Tartu_pedagoogiumi_aruanded, lk 81
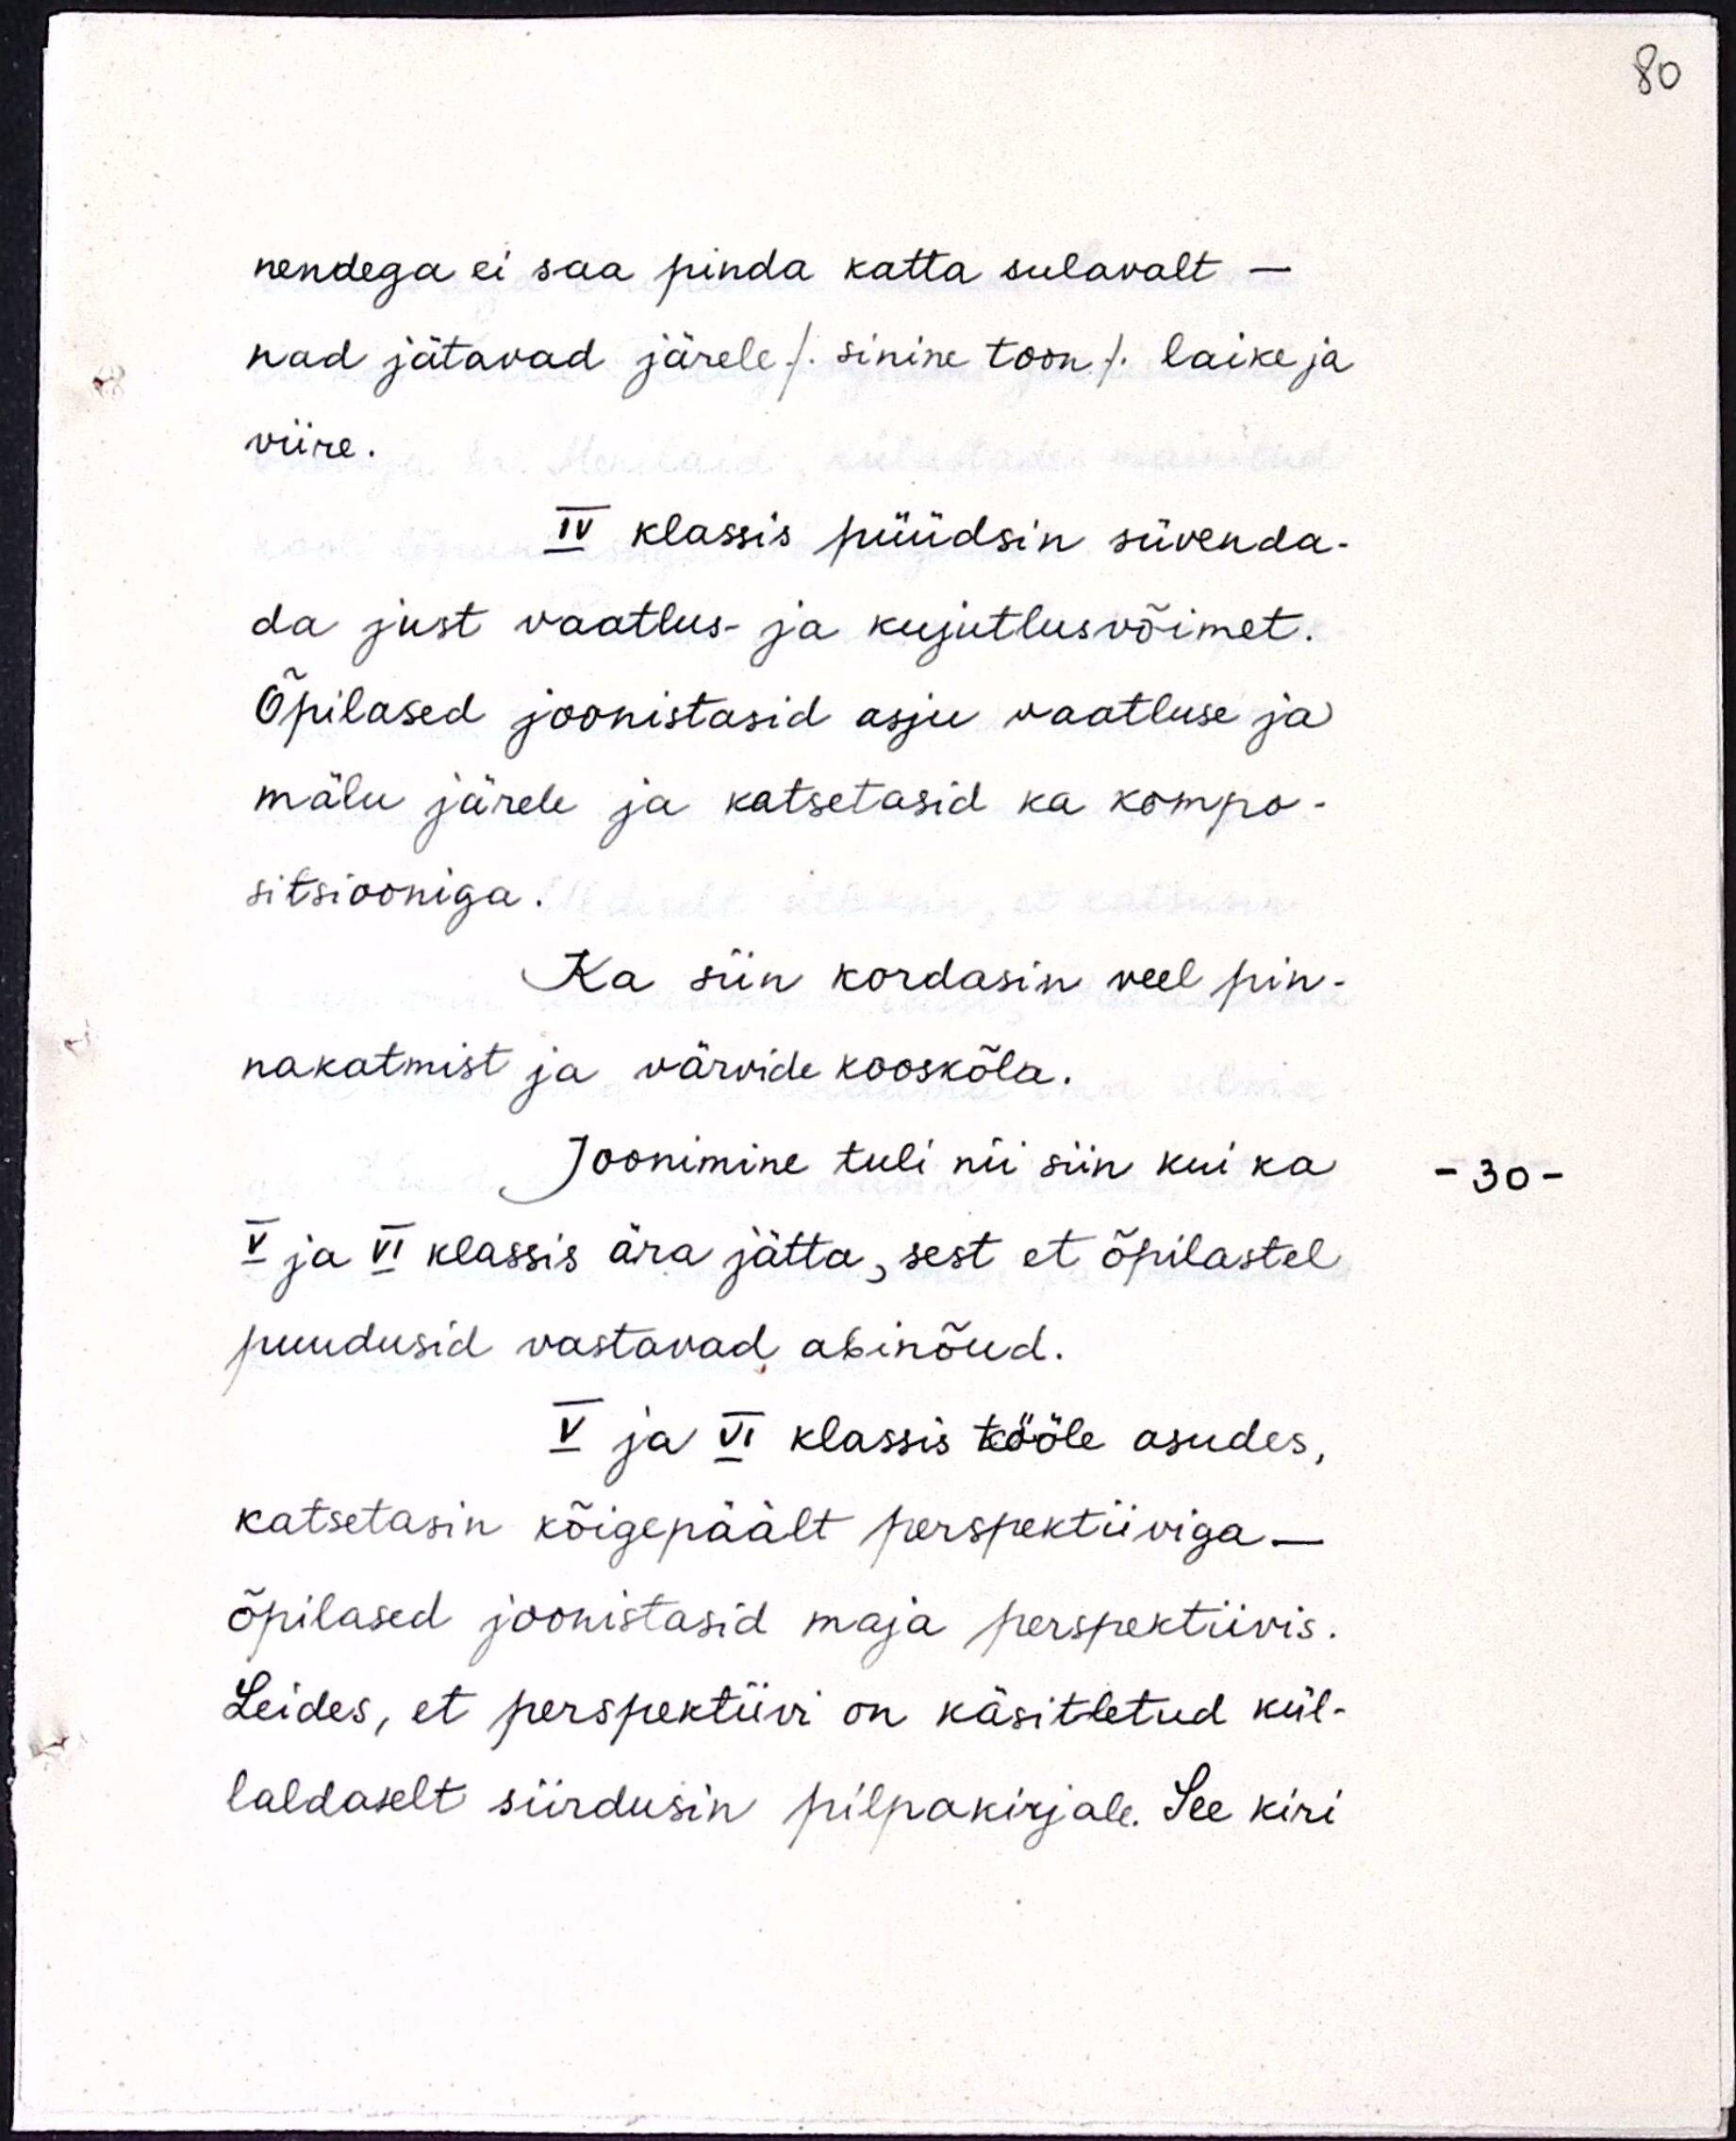
nendega ei saa pinda katta sulavalt -
nad jätavad järele / sinine toon/ laike ja
viire.
IV klassis püüdsin süvenda-
da just vaatlus- ja kujutlusvõimet.
Õpilased joonistasid asju vaatluse ja
mälu järele ja katsetasid ka kompo-
sitsiooniga.
Ka siin kordasin veel pin-
nakatmist ja värvide kooskõla.
Joonimine tuli nii siin kui ka
V ja VI klassis ära jätta, sest et õpilastel
puudusid vastavad abinõud.
V ja VI klassis tööle asudes,
katsetasin kõigepäält perspektiiviga.
õpilased joonistasid maja perspektiivis.
Leides, et perspektiivi on käsitletud kül-
laldaselt siirdusin pilpakirjale. See kiri-